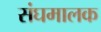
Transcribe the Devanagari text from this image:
संघमालक